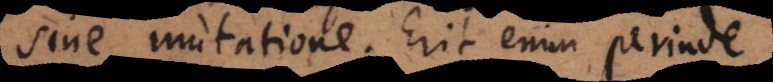
sine mutatione. Erit enim perinde